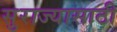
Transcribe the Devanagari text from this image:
सुराज्यासाठी